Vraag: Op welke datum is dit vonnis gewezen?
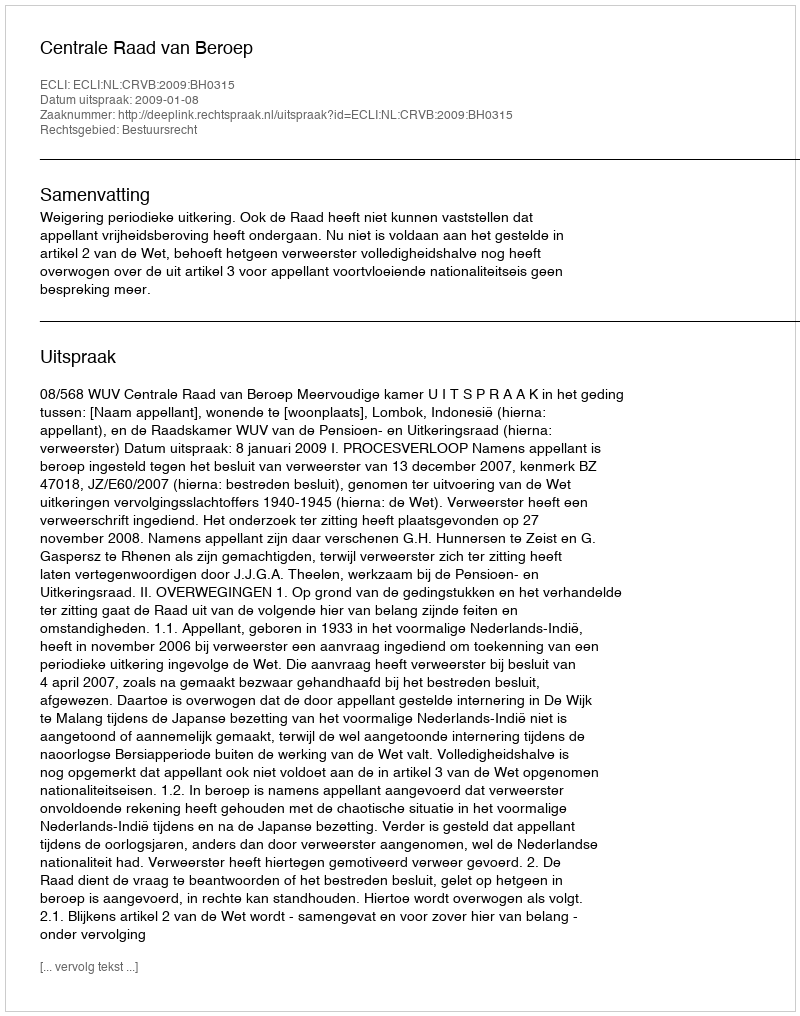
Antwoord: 2009-01-08